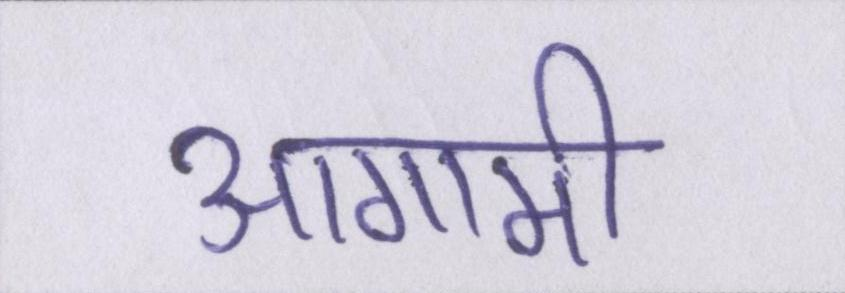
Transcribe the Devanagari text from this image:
आगामी